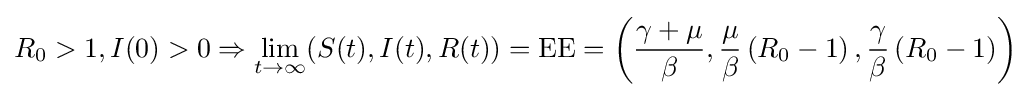
R_{0}>1,I(0)>0\Rightarrow \lim _{t\to \infty }(S(t),I(t),R(t))={\textrm {EE}}=\left({\frac {\gamma +\mu }{\beta }},{\frac {\mu }{\beta }}\left(R_{0}-1\right),{\frac {\gamma }{\beta }}\left(R_{0}-1\right)\right)